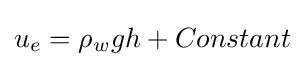
u_{e}=\rho _{w}gh+Constant